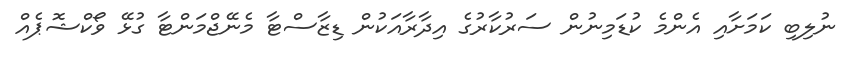
ނުލިބި ކަމަށާއި އެންމެ ކުޑަމިނުން ސަރުކާރުގެ އިދާރާއަކުން ޑިޒާސްޓާ މެނޭޖްމަންޓާ ގުޅޭ ވޯކްޝޮޕެއް